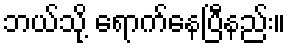
ဘယ်သို့ ရောက်နေပြီနည်း။